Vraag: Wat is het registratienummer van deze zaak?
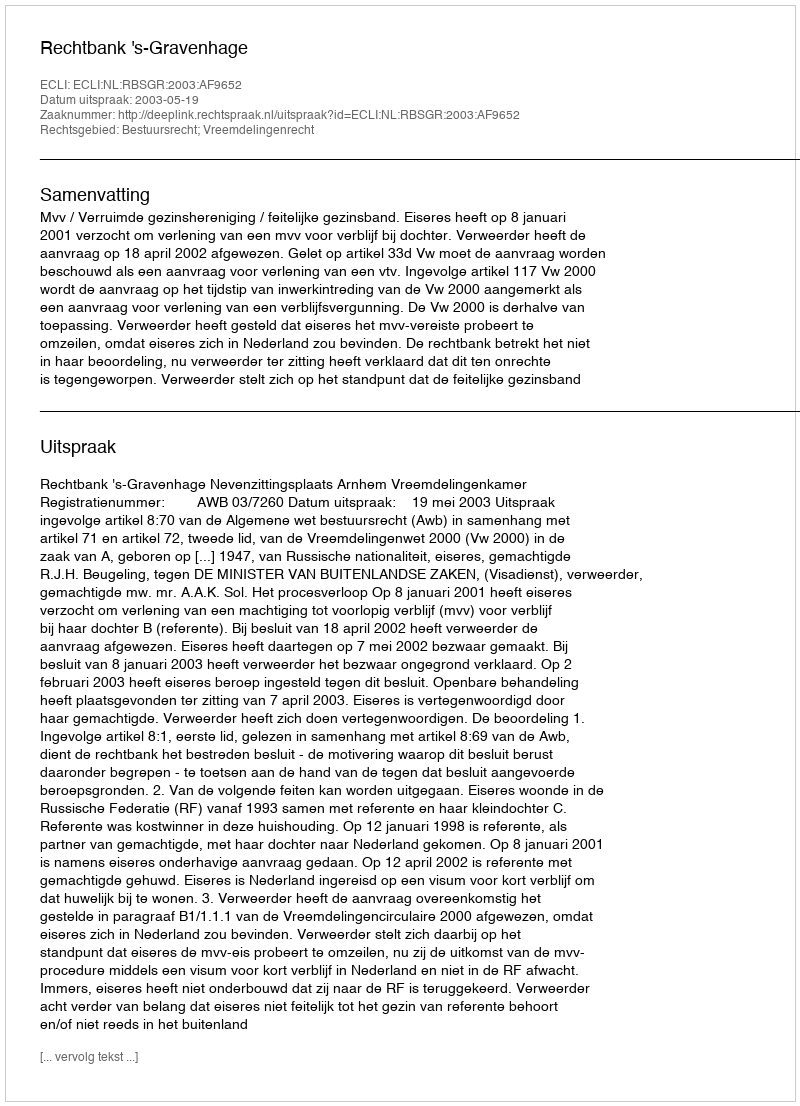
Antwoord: http://deeplink.rechtspraak.nl/uitspraak?id=ECLI:NL:RBSGR:2003:AF9652